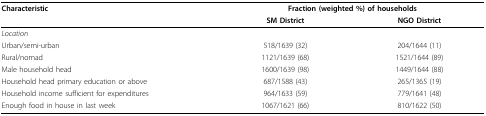
| Characteristic | <COLSPAN=2> Fraction (weighted %) of households |
 |  | SM District | NGO District |
 | --- | --- | --- |
 | Location |  |  |
 | Urban/semi-urban | 518/1639 (32) | 204/1644 (11) |
 | Rural/nomad | 1121/1639 (68) | 1521/1644 (89) |
 | Male household head | 1600/1639 (98) | 1449/1644 (88) |
 | Household head primary education or above | 687/1588 (43) | 265/1365 (19) |
 | Household income sufficient for expenditures | 964/1633 (59) | 779/1641 (48) |
 | Enough food in house in last week | 1067/1621 (66) | 810/1622 (50) |